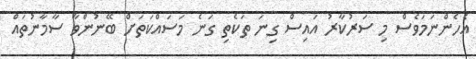
އެހެންނަމަވެސް މި ސަރުކާރު އައިސް ގިނަ ތަކެތި ގަނެ މަސައްކަތަށް ބޭނުންވާ ސާމާނުތައް